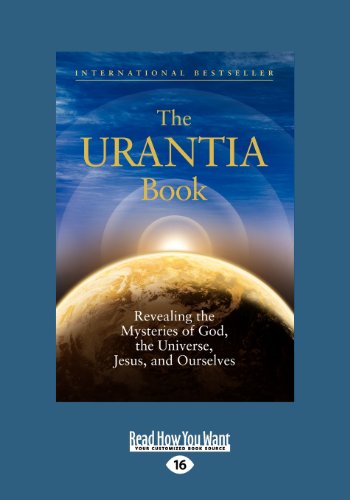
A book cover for The Urantia Book (Large Print 16pt), Volume 3; Urantia Foundation Staff ; Religion & Spirituality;